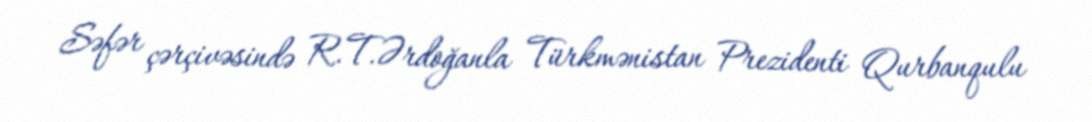
Səfər çərçivəsində R.T.Ərdoğanla Türkmənistan Prezidenti Qurbanqulu